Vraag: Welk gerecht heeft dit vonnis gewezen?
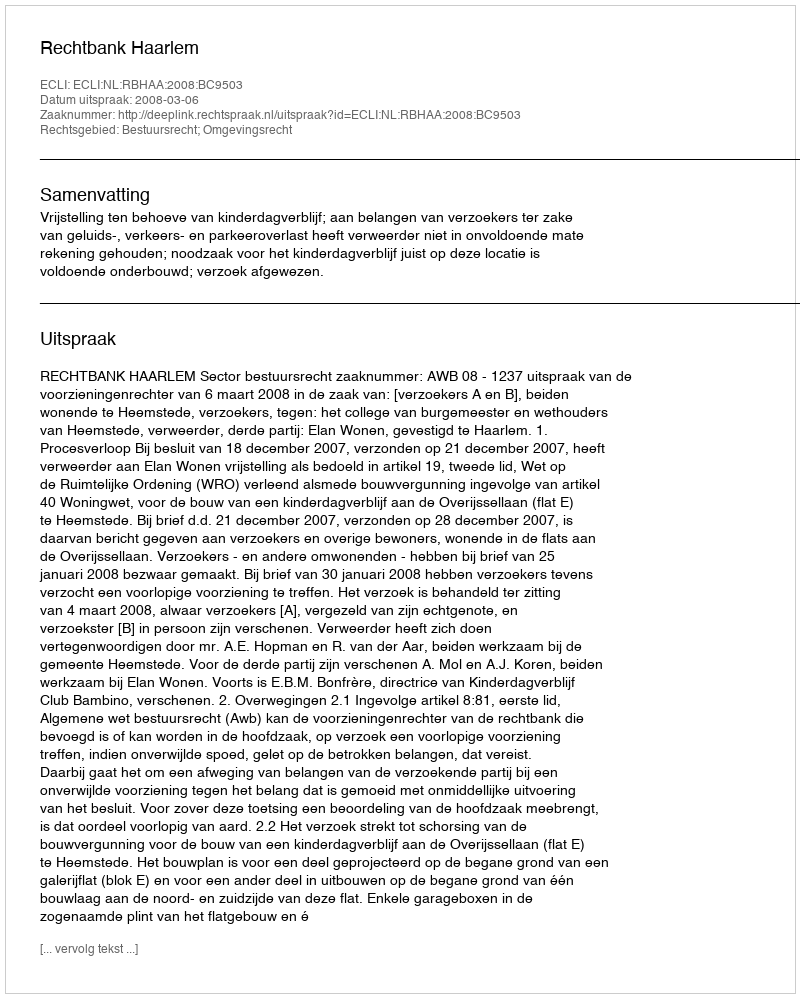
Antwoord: Rechtbank Haarlem